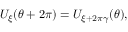
U _ { \xi } ( \theta + 2 \pi ) = U _ { \xi + 2 \pi \gamma } ( \theta ) ,